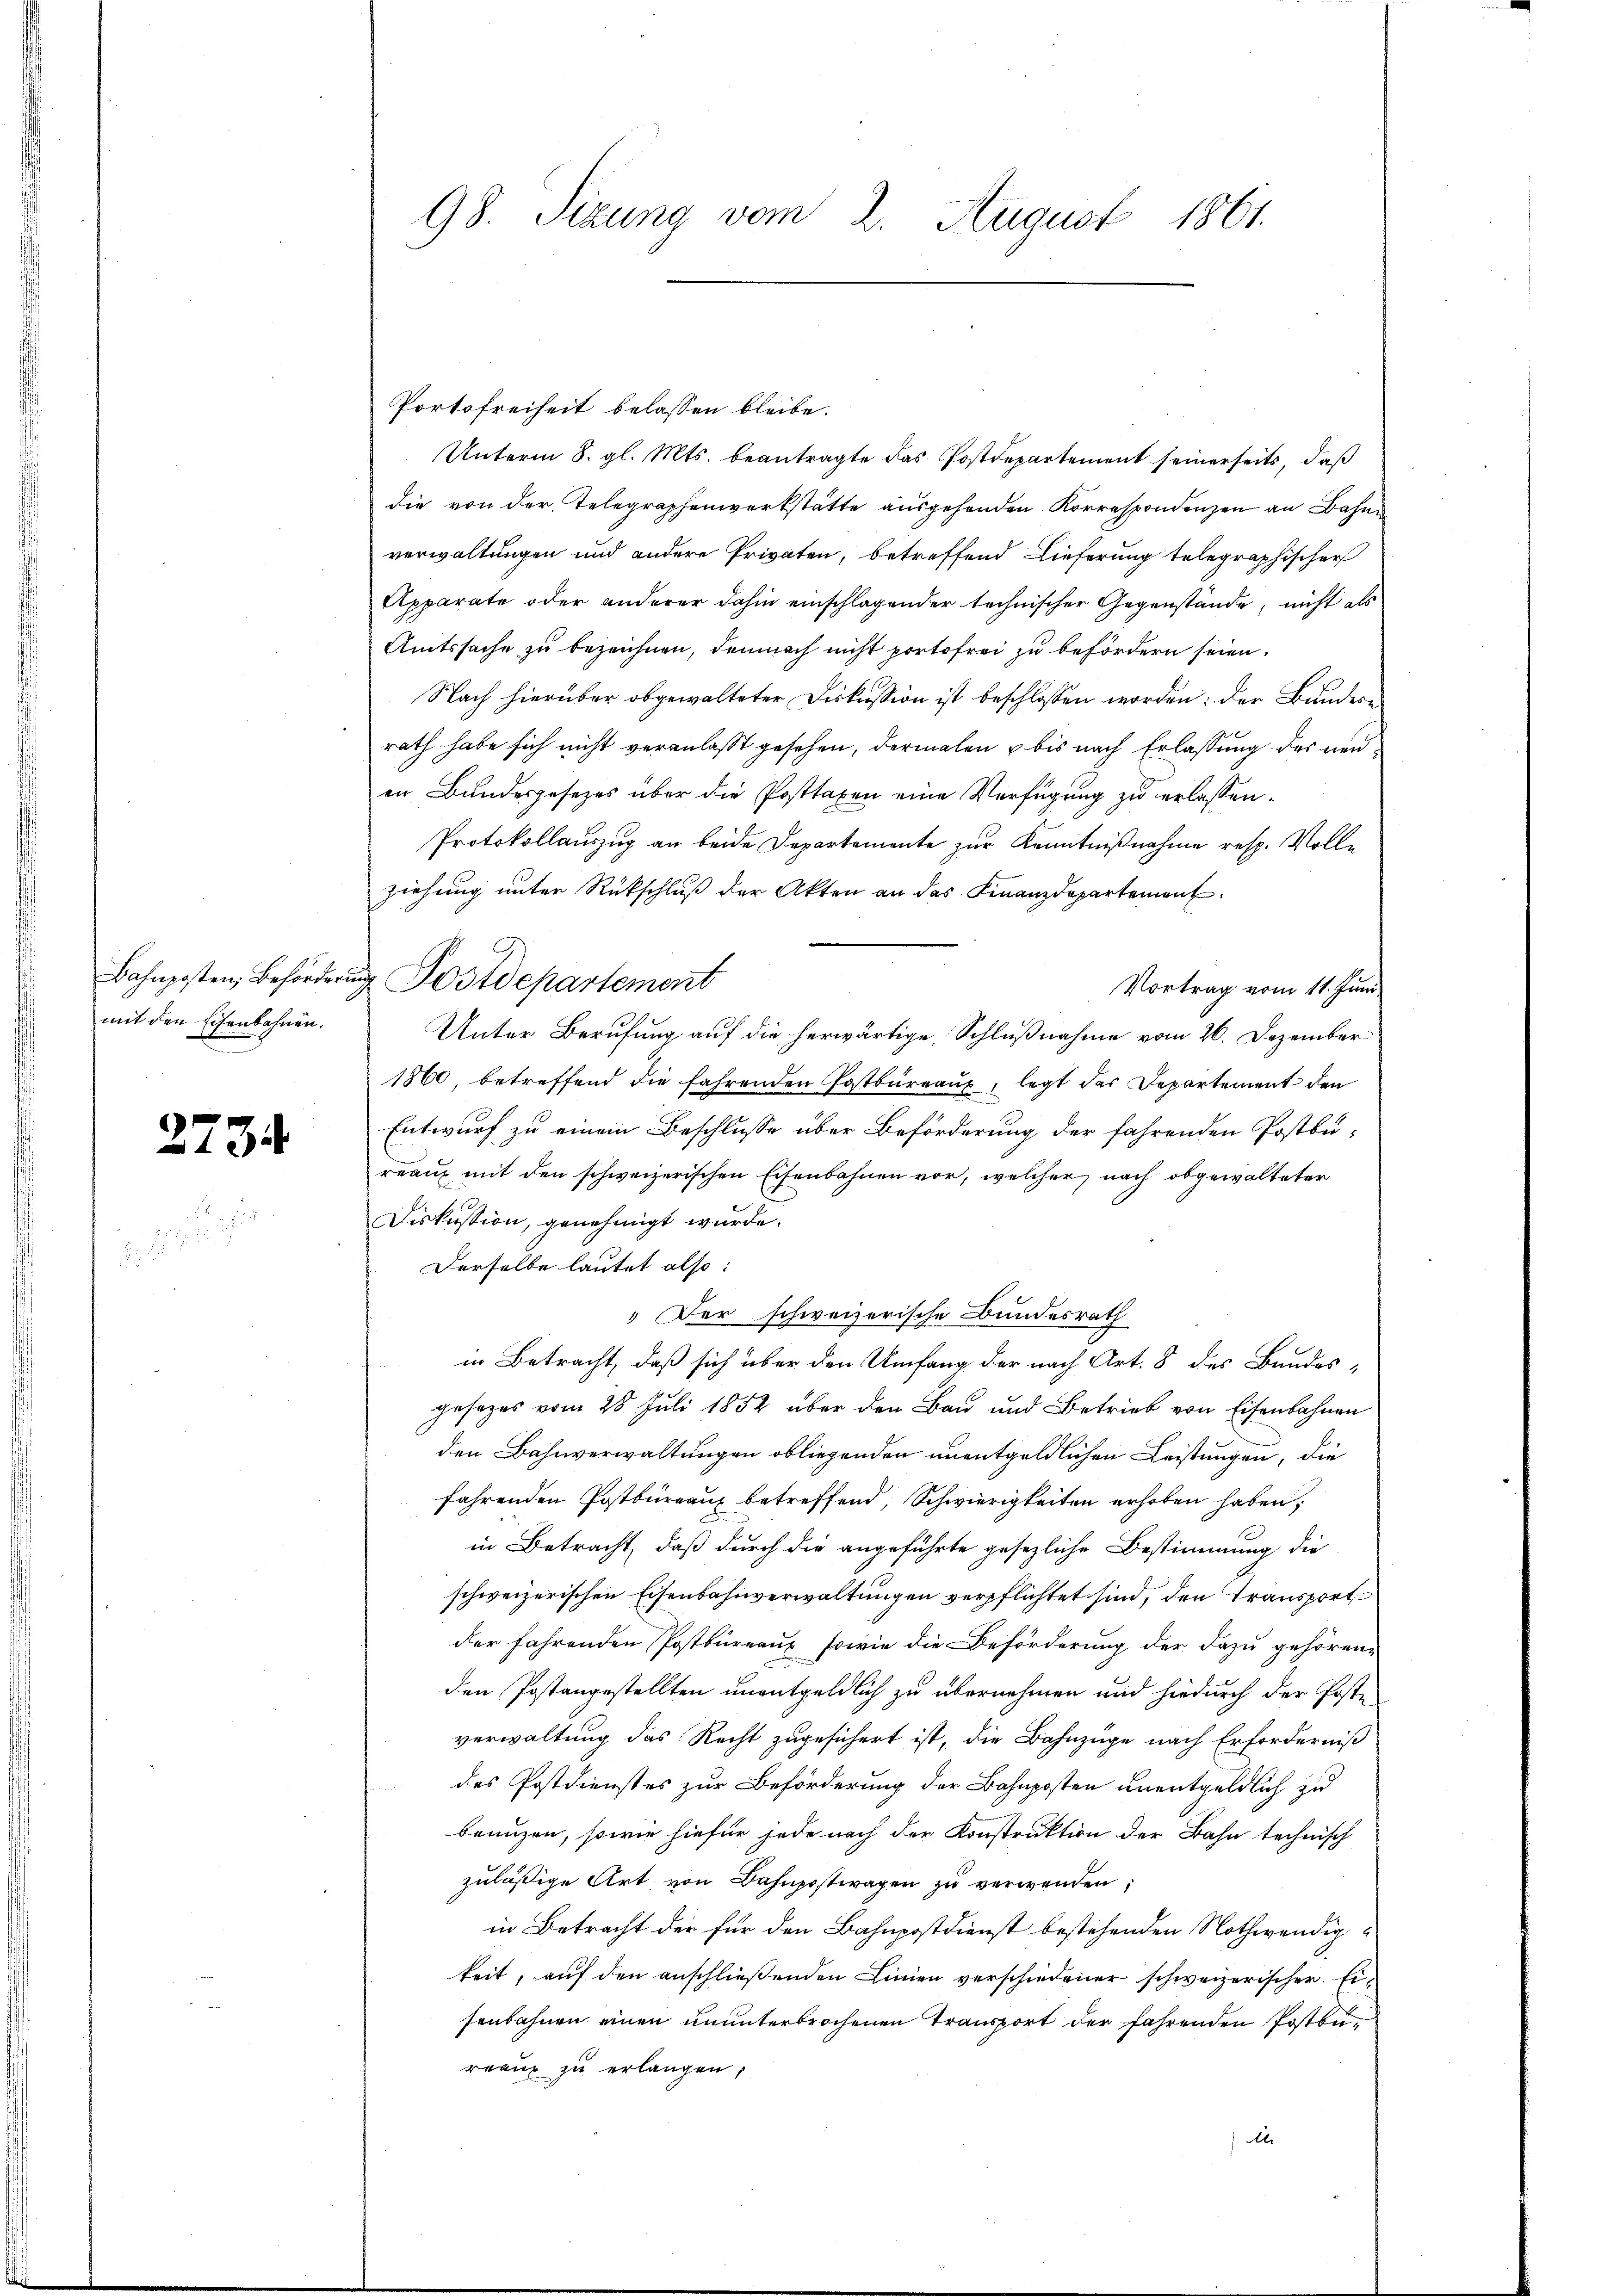
Bahnposten, Behörderu
mit den Eisenbahnen.

2734

98. Sizung vom 2. August 1861.

Portofreiheit belassen bleibe.
Unterm 8. gl. Mts. beantragte das Postdepartement seinerseits, daß
die von der Telegraphenwerkstätte ausgehenden Korrespondenzen an Bahn
verwaltungen und andere Privaten, betreffend Lieferung telegraphischer
Apparate oder anderer dahin einschlagender technischer Gegenstände, nicht als
Amtssache zu bezeichnen, demnach nicht portofrei zu befördern seien.
Nach hierüber obgewalteter Diskussion ist beschlossen worden: der Bundesrath habe sich nicht veranlaßt gesehen, dermalen & bis nach Erlassung des neuen Bundesgesezes über die Posttaxen eine Verfügung zu erlassen.
Protokollauszug an beide Departemente zur Kenntnißnahme resp. Volle
ziehung unter Rückschluß der Akten an das Finanzdepartement.
Vortrag vom 11. Juni
Unter Berufung auf die herwärtige Schlußnahme vom 26. Dezember
1860, betreffend die fahrenden Postbureaux, legt der Departement den
Entwurf zu einem Beschlusse über Beförderung der fahrenden Postbureaux mit den schweizerischen Eisenbahnen vor, welcher nach obgewalteter
Diskussion, genehmigt wurde.
Derselbe lautet also:
" Der schweizerische Bundesrath
in Betracht, daß sich über den Umfang der nach Art. 8 des Bundesgesezes vom 28. Juli 1852 über den Bau und Betrieb von Eisenbahnen
den Bahnverwaltungen obliegenden unentgeldlichen Leistungen, die
fahrenden Postbureaux betreffend, Schwierigkeiten erhoben haben,
in Betracht, daß durch die angeführte gesezliche Bestimmung die
schweizerischen Eisenbahnverwaltungen verpflichtet sind, den Transport
der fahrenden Postbureaux sowie die Beförderung der dazu gehörenden Postangestellten unentgeldlich zu übernehmen und hiedurch der Poste
verwaltung des Recht zugesichert ist, die Bahnzüge nach Erforderniß
des Postdienstes zur Beförderung der Bahnposten unentgeldlich zu
branzen, sowie hiefür jede nach der Konstruktion der Bahn technisch
zuläßige Art von Bahnpostwagen zu verwenden.
in Betracht der für den Bahnpostdienst bestehenden Nothwendigkeit, auf den anschließenden Linien verschiedener schweizerischer Eisenbahnen einen ununterbrochenen Transport der fahrenden Postbereau zu erlangen,
Al

Postdepartement